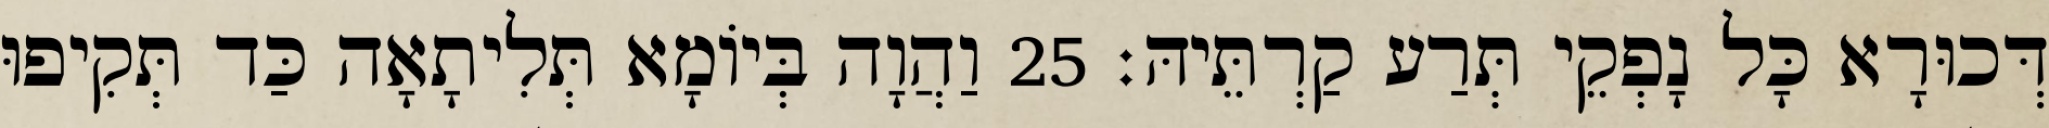
דְּכוּרָא כָּל נָפְקֵי תְּרַע קַרְתֵּיהּ׃ 25 וַהֲוָה בְּיוֹמָא תְּלִיתָאָה כַּד תְּקִיפוּ